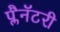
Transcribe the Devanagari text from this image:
प्लैनॅटरी